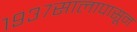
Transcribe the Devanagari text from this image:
१९३७सालापासून